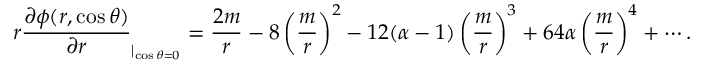
r \frac { \partial \phi ( r , \cos \theta ) } { \partial r } _ { | _ { \cos \theta = 0 } } = \frac { 2 m } { r } - 8 \left( \frac { m } { r } \right) ^ { 2 } - 1 2 ( \alpha - 1 ) \left( \frac { m } { r } \right) ^ { 3 } + 6 4 \alpha \left( \frac { m } { r } \right) ^ { 4 } + \cdots .